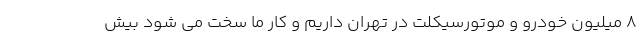
۸ میلیون خودرو و موتورسیکلت در تهران داریم و کار ما سخت می شود بیش